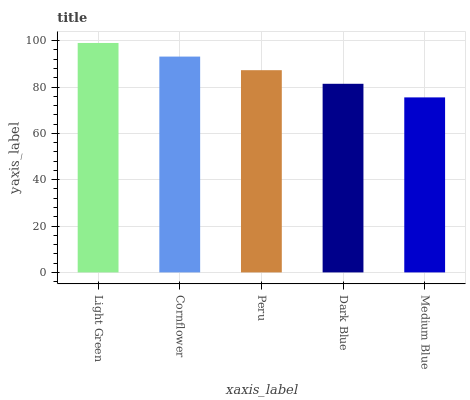
| xaxis_label | bars |
 | --- | --- |
 | Light Green | 99 |
 | Cornflower | 93.1 |
 | Peru | 87.3 |
 | Dark Blue | 81.4 |
 | Medium Blue | 75.5 |